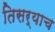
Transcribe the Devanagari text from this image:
तिसर्‍याच